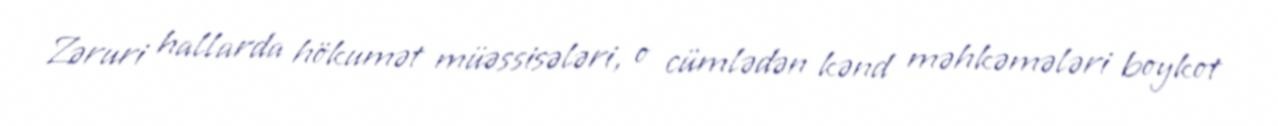
Zəruri hallarda hökumət müəssisələri, o cümlədən kənd məhkəmələri boykot